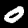
Digit: 0